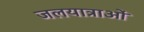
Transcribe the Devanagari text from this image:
जलयात्राओं